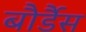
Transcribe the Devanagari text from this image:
बौर्डैस